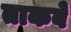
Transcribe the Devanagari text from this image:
ताकवे